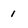
Character: 1